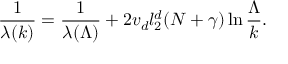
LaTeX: \frac { 1 } { \lambda ( k ) } = \frac { 1 } { \lambda ( \Lambda ) } + 2 v _ { d } l _ { 2 } ^ { d } ( N + \gamma ) \ln \frac { \Lambda } { k } .